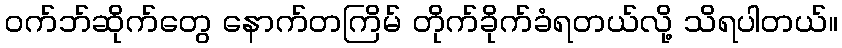
ဝက်ဘ်ဆိုက်တွေ နောက်တကြိမ် တိုက်ခိုက်ခံရတယ်လို့ သိရပါတယ်။